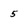
Character: 5